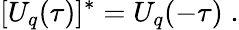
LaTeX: [U_{q}(\tau)]^{*}=U_{q}(-\tau)\; .